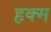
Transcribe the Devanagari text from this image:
हक्म